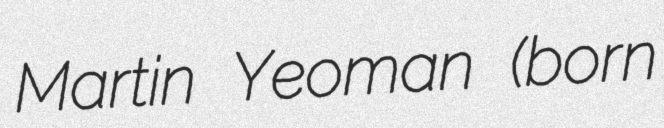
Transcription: Martin Yeoman (born